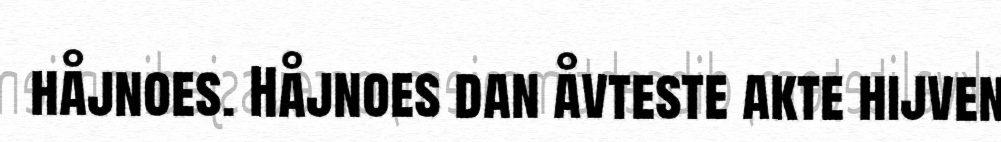
håjnoes. Håjnoes dan åvteste akte hijven